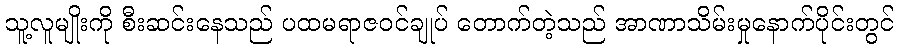
သူ့လူမျိုးကို စီးဆင်းနေသည် ပထမရာဇဝင်ချုပ် တောက်တဲ့သည် အာဏာသိမ်းမှုနောက်ပိုင်းတွင်